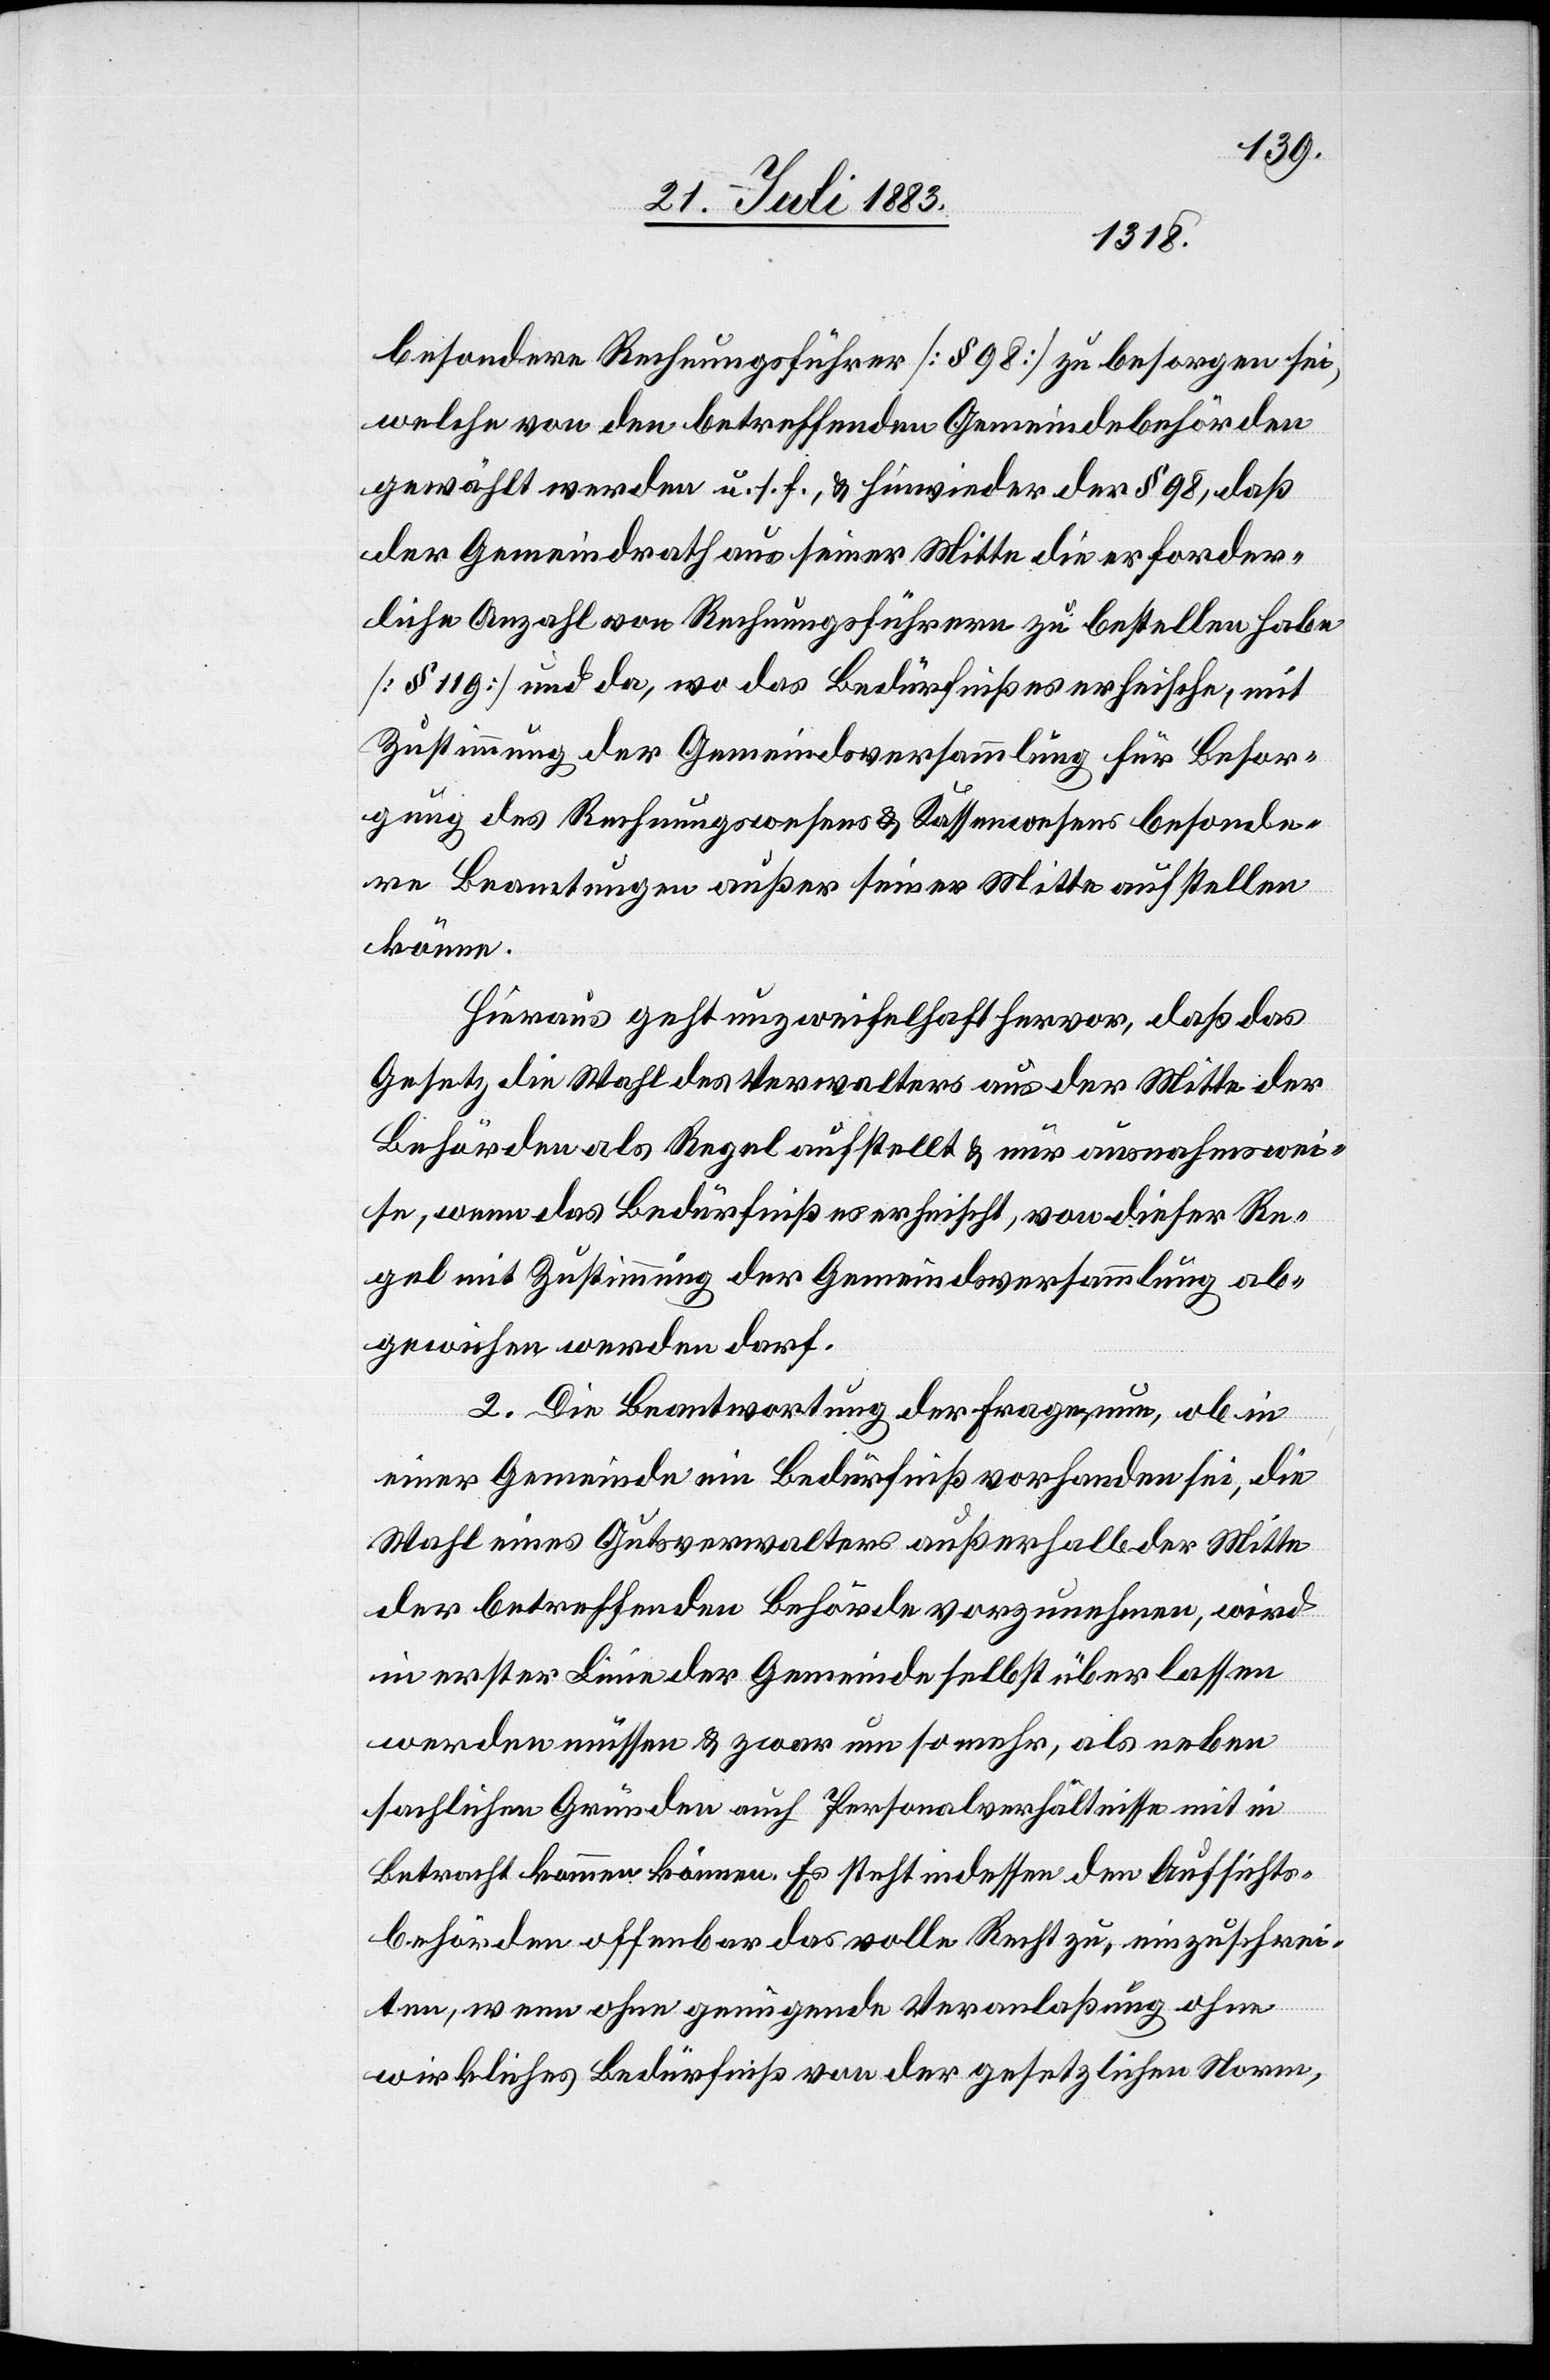
besondere Rechnungsführer [§ 98] zu besorgen sei,
gewählt werden u. s. f., & hiewieder der § 98, daß
der Gemeindrath aus seiner Mitte die erforder¬
liche Anzahl von Rechnungsführern zu bestellen habe
[§ 119] & da, wo das Bedürfniß es erheische, mit
Zustimmung der Gemeindeversammlung für Besor¬
gung des Rechnungs- & Kassenwesens besonde¬
re Beamtungen außer seiner Mitte aufstellen
könne.
Hieraus geht unzweifelhaft hervor, daß das
Gesetz die Wahl des Verwalters aus der Mitte der
Behörden als Regel aufstellt & nur ausnahmswei¬
se, wenn das Bedürfniß es erheischt, von dieser Re¬
gel mit Zustimmung der Gemeindeversammlung ab¬
gewichen werden darf.
2. Die Beantwortung der Frage nun, ob in
einer Gemeinde ein Bedürfniß vorhanden sei, die
Wahl eines Gutsverwalters außerhalb der Mitte
der betreffenden Behörde vorzunehmen, wird
in erster Linie der Gemeinde selbst überlassen
werden müssen und zwar um so mehr, als neben
sachlichen Gründen auch Personalverhältnisse in
Betracht kommen können. Es steht indessen den Aufsichts¬
behörden offenbar das volle Recht zu, einzuschrei¬
ten, wenn ohne genügende Veranlaßung, ohne
wirkliches Bedürfniß von der gesetzlichen Norm,